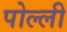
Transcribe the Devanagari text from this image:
पोल्ली